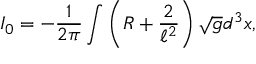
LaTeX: I _ { 0 } = - \frac { 1 } { 2 \pi } \int \left( R + \frac { 2 } { \ell ^ { 2 } } \right) \sqrt { g } d ^ { 3 } x ,